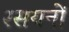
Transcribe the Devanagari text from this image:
रसयनों